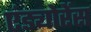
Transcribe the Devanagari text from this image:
एंड्योरेंस